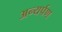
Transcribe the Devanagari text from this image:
अन्यर्पण